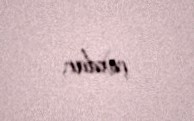
çoxdur.